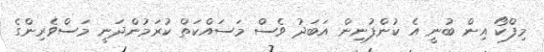
މިފްކޯ އިން ބުނީ އެ ކުންފުނިން އަބަދު ވެސް މަސައްކަތް ކުރަމުންދަނީ މަސްވެރިންގެ